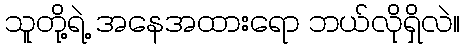
သူတို့ရဲ့ အနေအထားရော ဘယ်လိုရှိလဲ။